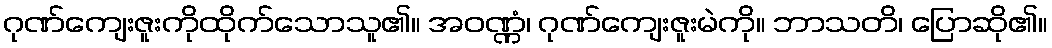
ဂုဏ်ကျေးဇူးကိုထိုက်သောသူ၏။ အဝဏ္ဏံ၊ ဂုဏ်ကျေးဇူးမဲကို။ ဘာသတိ၊ ပြောဆို၏။